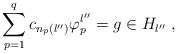
\begin{align*}\sum_{p=1}^q c_{n_p(l'')}\varphi_p^{l''}=g\in H_{l''}\; ,\end{align*}